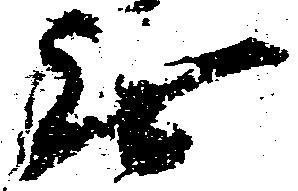
無